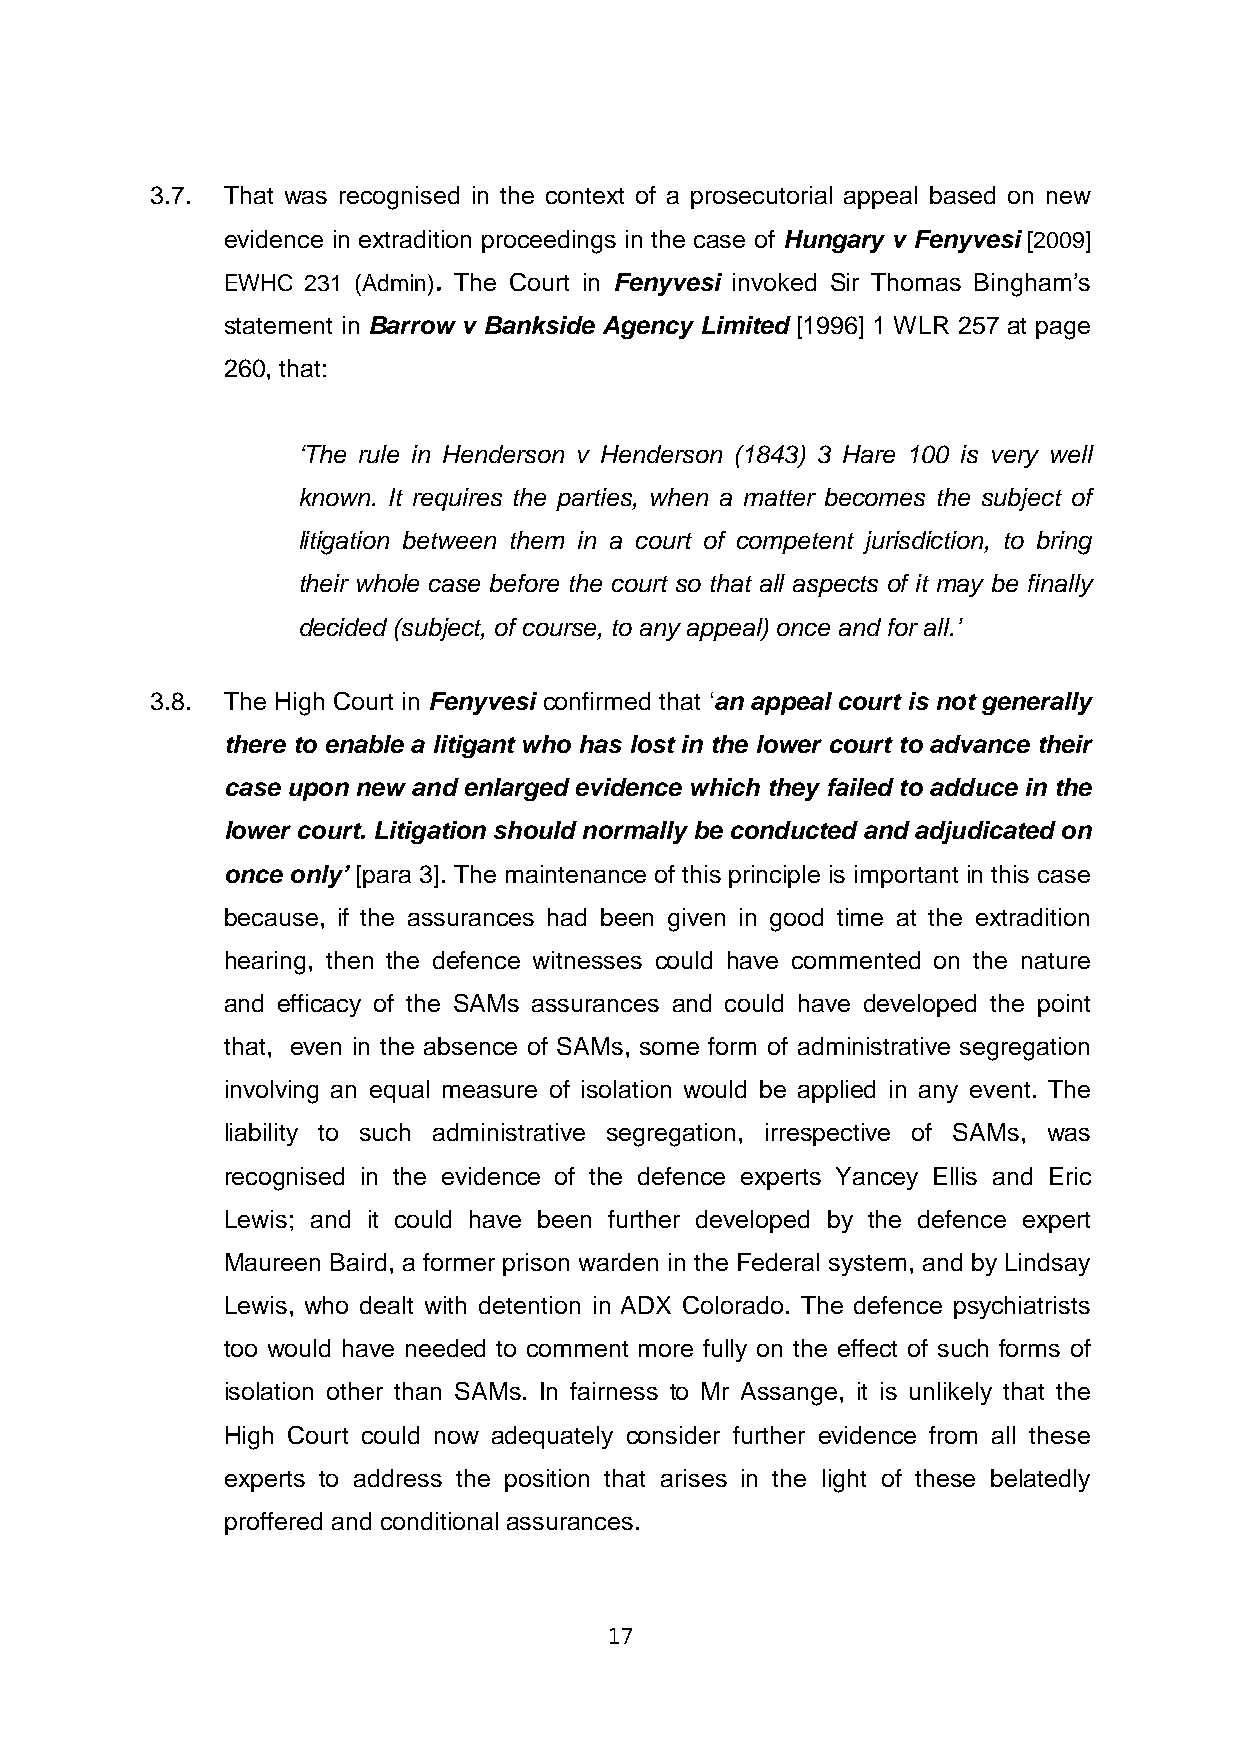
3.7. That was recognised in the context of a prosecutorial appeal based on new
 evidence in extradition proceedings in the case of Hungary v Fenyvesi [2009]
 EWHC 231 (Admin). The Court in Fenyvesi invoked Sir Thomas Bingham’s
 statement in Barrow v Bankside Agency Limited [1996] 1 WLR 257 at page
 260, that:
 ‘The rule in Henderson v Henderson (1843) 3 Hare 100 is very well
 known. It requires the parties, when a matter becomes the subject of
 litigation between them in a court of competent jurisdiction, to bring
 their whole case before the court so that all aspects of it may be finally
 decided (subject, of course, to any appeal) once and for all.’
 3.8. The High Court in Fenyvesi confirmed that ‘an appeal court is not generally
 there to enable a litigant who has lost in the lower court to advance their
 case upon new and enlarged evidence which they failed to adduce in the
 lower court. Litigation should normally be conducted and adjudicated on
 once only’ [para 3]. The maintenance of this principle is important in this case
 because, if the assurances had been given in good time at the extradition
 hearing, then the defence witnesses could have commented on the nature
 and efficacy of the SAMs assurances and could have developed the point
 that, even in the absence of SAMs, some form of administrative segregation
 involving an equal measure of isolation would be applied in any event. The
 liability to such administrative segregation, irrespective of SAMs, was
 recognised in the evidence of the defence experts Yancey Ellis and Eric
 Lewis; and it could have been further developed by the defence expert
 Maureen Baird, a former prison warden in the Federal system, and by Lindsay
 Lewis, who dealt with detention in ADX Colorado. The defence psychiatrists
 too would have needed to comment more fully on the effect of such forms of
 isolation other than SAMs. In fairness to Mr Assange, it is unlikely that the
 High Court could now adequately consider further evidence from all these
 experts to address the position that arises in the light of these belatedly
 proffered and conditional assurances.
 17